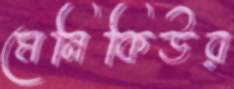
মেনিকিউর